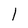
Character: l